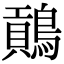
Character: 𪄌